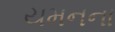
યમનના